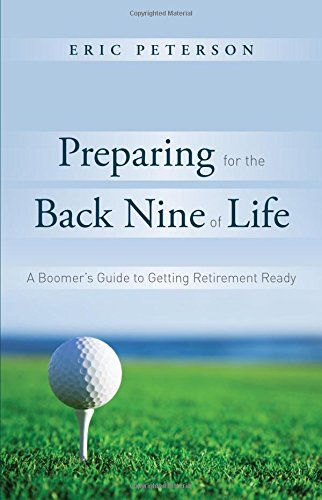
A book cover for Preparing for the Back Nine of Life: A Boomer's Guide to Getting Retirement Ready; Eric Peterson; Business & Money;